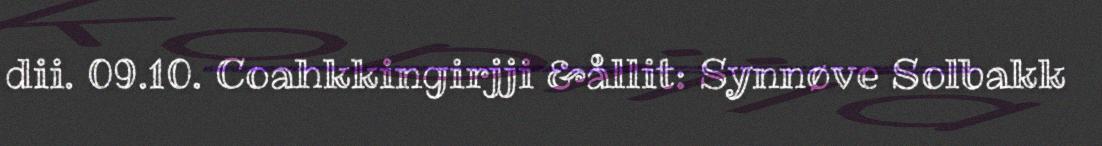
dii. 09.10. Coahkkingirjji &ållit: Synnøve Solbakk